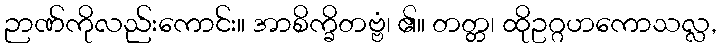
ဉာဏ်ကိုလည်းကောင်း။ အာစိက္ခိတဗ္ဗံ၊ ၏။ တတ္တ၊ ထိုဥဂ္ဂဟကောသလ္လ,